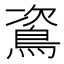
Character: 䳐